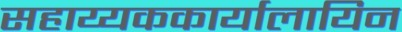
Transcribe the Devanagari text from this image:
सहाय्यककार्यालायिन